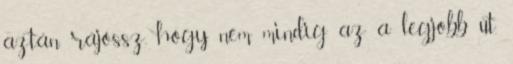
aztán rájössz, hogy nem mindig az a legjobb út.